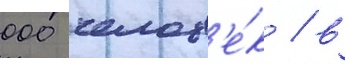
000 челов'е́к / в